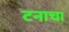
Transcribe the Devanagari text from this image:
टनाचा